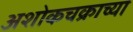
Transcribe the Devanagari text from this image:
अशोकचक्राच्या